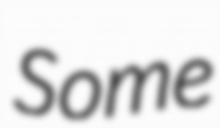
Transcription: Some